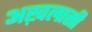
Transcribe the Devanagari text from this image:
अख़लासी